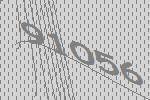
91056